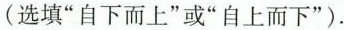
(选填”自下而上”或”自上而下”)。